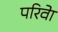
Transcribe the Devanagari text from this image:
परिवेा